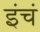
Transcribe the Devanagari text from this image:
इंचं